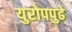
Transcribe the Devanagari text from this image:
युरोपपुढे